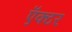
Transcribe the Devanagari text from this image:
ऍक्टर